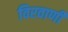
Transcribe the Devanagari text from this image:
विरवाणी